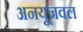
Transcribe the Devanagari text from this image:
अनयूजवल